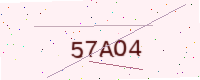
Text: 57AO4